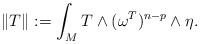
LaTeX: \begin{align*}\|T\|:=\int_M T\wedge (\omega^T)^{n-p}\wedge \eta. \end{align*}